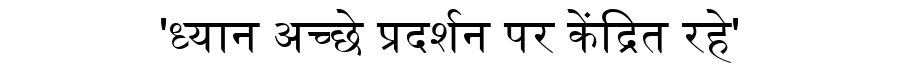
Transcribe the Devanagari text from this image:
'ध्यान अच्छे प्रदर्शन पर केंद्रित रहे'